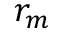
r _ { m }